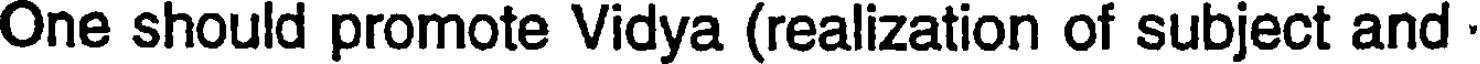
One should promote Vidya (realization of subject and